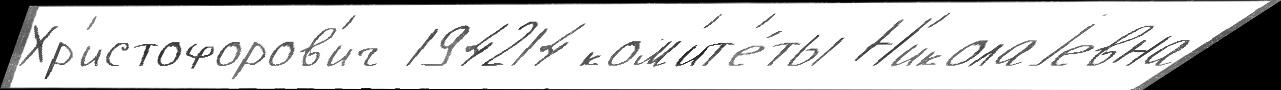
Хр'истофоров'ич 194214 ком'ит'е́ты Н'иколаjевна